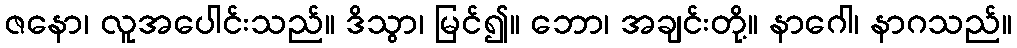
ဇနော၊ လူအပေါင်းသည်။ ဒိသွာ၊ မြင်၍။ ဘော၊ အချင်းတို့။ နာဂေါ၊ နာဂသည်။